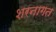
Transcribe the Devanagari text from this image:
शरनागत